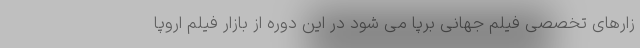
زارهای تخصصی فیلم جهانی برپا می شود در این دوره از بازار فیلم اروپا